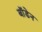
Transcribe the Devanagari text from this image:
बाॅडेन